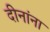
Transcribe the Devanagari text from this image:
दीनांना